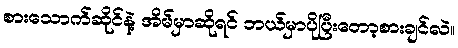
စားသောက်ဆိုင်နဲ့ အိမ်မှာဆိုရင် ဘယ်မှာပိုပြီးတော့စားချင်လဲ။